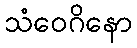
သံဝေဂိနော